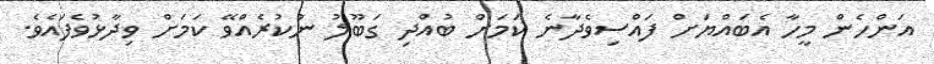
އަންހެން މީހާ އެބައްޔަށް ފައްސިވެދާނެ ކަމަށް ބުއްދި ގަބޫލު ނުކުރެއްވޭ ކަމަށް ވިދާޅުވެފައެވެ.